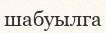
шабуылга